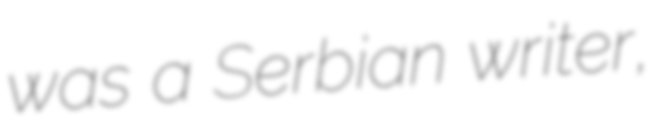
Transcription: was a Serbian writer,